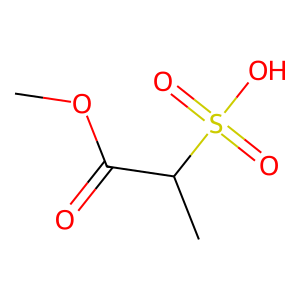
SMILES: COC(=O)C(C)S(=O)(=O)O
Inhibits HIV replication: No